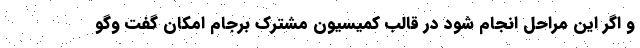
و اگر این مراحل انجام شود در قالب کمیسیون مشترک برجام امکان گفت وگو